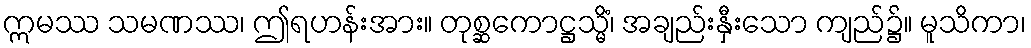
ဣမဿ သမဏဿ၊ ဤရဟန်းအား။ တုစ္ဆကောဋ္ဌသ္မိံ၊ အချည်းနှီးသော ကျည်၌။ မူသိကာ၊